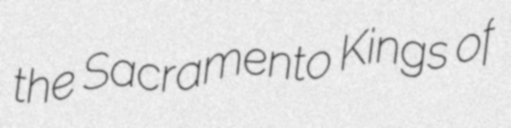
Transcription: the Sacramento Kings of